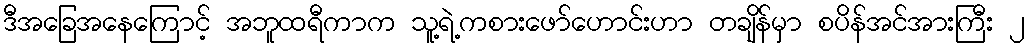
ဒီအခြေအနေကြောင့် အဘူထရီကာက သူ့ရဲ့ကစားဖော်ဟောင်းဟာ တချိန်မှာ စပိန်အင်အားကြီး ၂